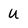
Character: u